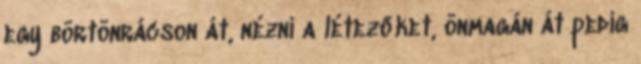
egy börtönrácson át, nézni a létezőket, önmagán át pedig